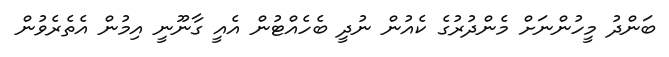
ބަންދު މީހުންނަށް މެންދުރުގެ ކެއުން ނުދީ ބެހެއްޓުން އެއީ ގާނޫނީ އިމުން އެތެރެވުން